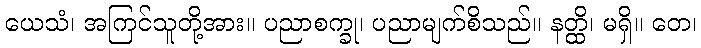
ယေသံ၊ အကြင်သူတို့အား။ ပညာစက္ခု၊ ပညာမျက်စိသည်။ နတ္ထိ၊ မရှိ။ တေ၊